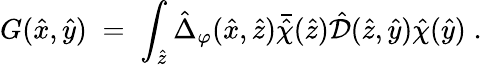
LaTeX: G({\hat{x}},{\hat{y}})\; =\; \int_{{\hat{z}}}{\hat{\Delta}}_{\varphi}({\hat{x}},\hat{z}){\bar{\hat{\chi}}}({\hat{z}}){\hat{\mathcal D}}({\hat{z}},{\hat{y}}){\hat{\chi}}({\hat{y}})\; .